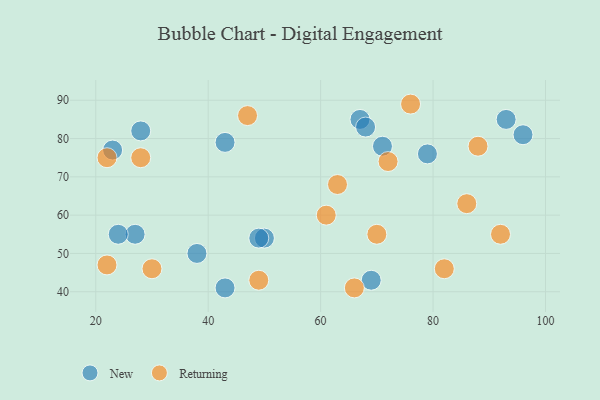
{"axis": {"x": "GDP", "y": "Life Expectancy"}, "legend": ["New", "Returning"], "data": [{"x": "79", "y": 76, "type": "New"}, {"x": "50", "y": 54, "type": "New"}, {"x": "71", "y": 78, "type": "New"}, {"x": "43", "y": 79, "type": "New"}, {"x": "67", "y": 85, "type": "New"}, {"x": "38", "y": 50, "type": "New"}, {"x": "93", "y": 85, "type": "New"}, {"x": "28", "y": 82, "type": "New"}, {"x": "96", "y": 81, "type": "New"}, {"x": "27", "y": 55, "type": "New"}, {"x": "23", "y": 77, "type": "New"}, {"x": "49", "y": 54, "type": "New"}, {"x": "69", "y": 43, "type": "New"}, {"x": "68", "y": 83, "type": "New"}, {"x": "24", "y": 55, "type": "New"}, {"x": "43", "y": 41, "type": "New"}, {"x": "82", "y": 46, "type": "Returning"}, {"x": "70", "y": 55, "type": "Returning"}, {"x": "61", "y": 60, "type": "Returning"}, {"x": "86", "y": 63, "type": "Returning"}, {"x": "92", "y": 55, "type": "Returning"}, {"x": "28", "y": 75, "type": "Returning"}, {"x": "30", "y": 46, "type": "Returning"}, {"x": "72", "y": 74, "type": "Returning"}, {"x": "88", "y": 78, "type": "Returning"}, {"x": "22", "y": 75, "type": "Returning"}, {"x": "63", "y": 68, "type": "Returning"}, {"x": "47", "y": 86, "type": "Returning"}, {"x": "49", "y": 43, "type": "Returning"}, {"x": "76", "y": 89, "type": "Returning"}, {"x": "22", "y": 47, "type": "Returning"}, {"x": "66", "y": 41, "type": "Returning"}]}